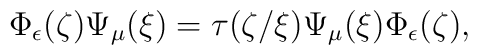
\Phi_\epsilon(\zeta) \Psi_\mu(\xi)  =  \tau(\zeta/\xi)\Psi_\mu(\xi) \Phi_\epsilon(\zeta),